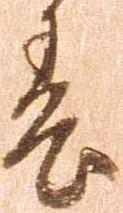
春